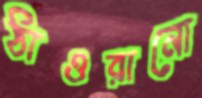
ঠাওরানো